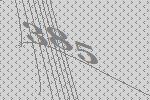
385